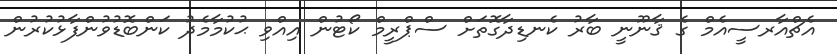
އެޗްއާރސީއެމް ގެ ޤާނޫނީ ބާރު ކެނޑިދާގޮތަށް ސްޕްރީމް ކޯޓުން އިއްވި ޙުކުމާމެދު ކަންބޮޑުވުންފާޅުކުރުން